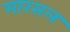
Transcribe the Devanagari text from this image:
मारसल